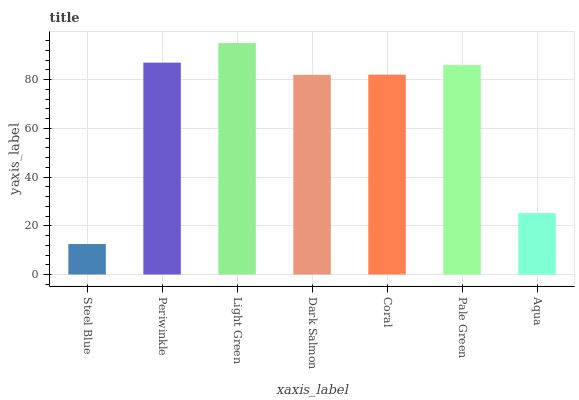
| xaxis_label | bars |
 | --- | --- |
 | Steel Blue | 12.5 |
 | Periwinkle | 87 |
 | Light Green | 95 |
 | Dark Salmon | 82 |
 | Coral | 82.1 |
 | Pale Green | 86 |
 | Aqua | 25.2 |